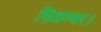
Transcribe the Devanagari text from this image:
सितम्बर।